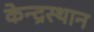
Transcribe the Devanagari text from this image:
केन्द्रस्थान